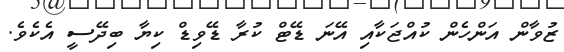
ޒުވާން އަންހެން ކުއްޖަކާއި އޭނަ ޑޭޓް ކުރާ ޑޭވިޑް ކިޔާ ބިދޭސީ އެކެވެ.